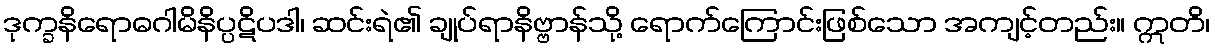
ဒုက္ခနိရောဓဂါမိနိပ္ပဋိပဒါ၊ ဆင်းရဲ၏ ချုပ်ရာနိဗ္ဗာန်သို့ ရောက်ကြောင်းဖြစ်သော အကျင့်တည်း။ ဣတိ၊